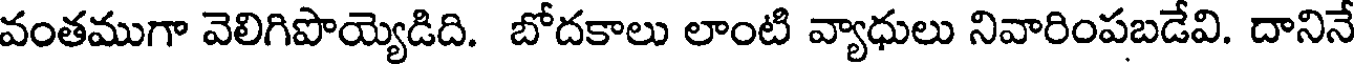
వంతముగా వెలిగిపొయ్యెడిది. బోదకాలు లాంటి వ్యాధులు నివారింపబడేవి. దానినే